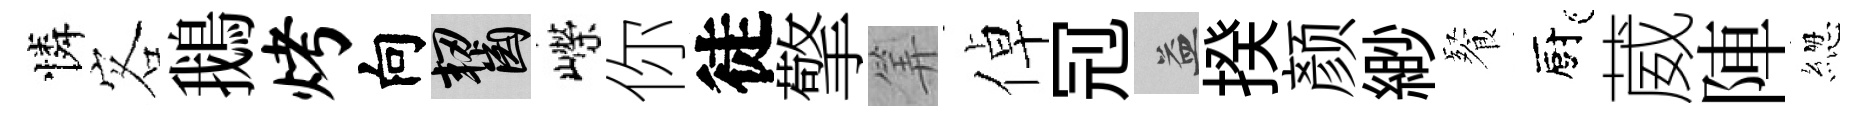
憐客鵝烤向齧嶸你徒擎筭倬𠜍益揆颜緲餐廚葳陣緫